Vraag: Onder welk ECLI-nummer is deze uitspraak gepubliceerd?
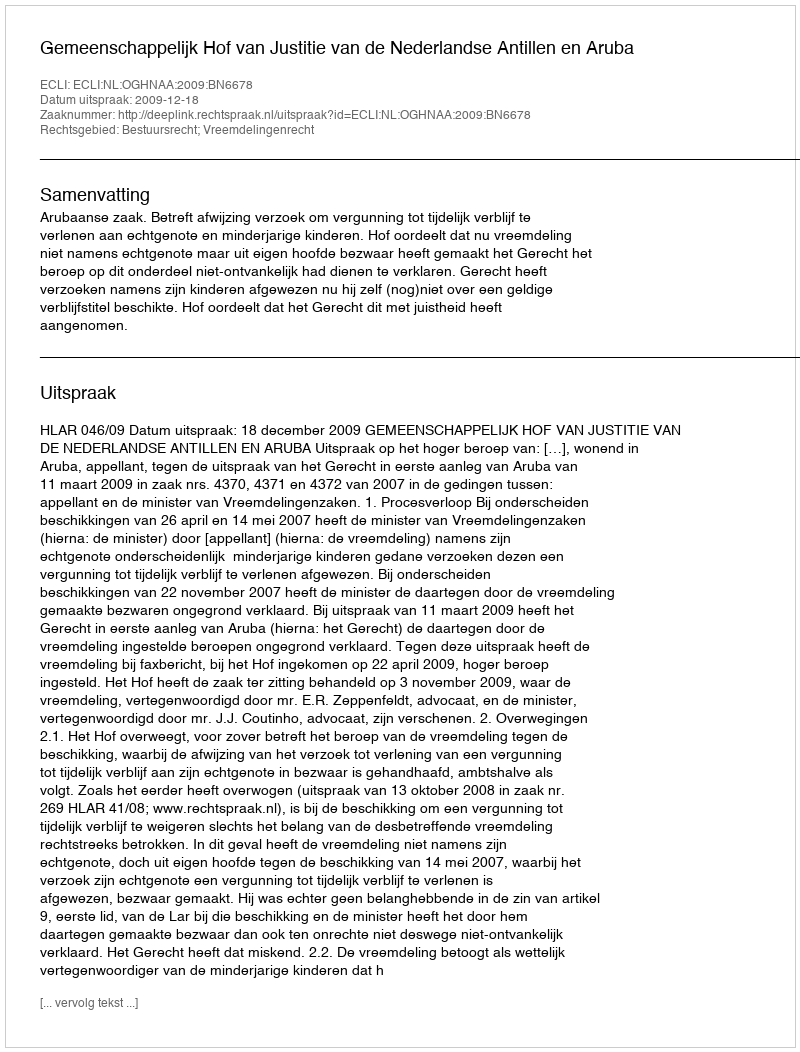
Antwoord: ECLI:NL:OGHNAA:2009:BN6678